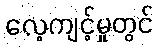
လေ့ကျင့်မှုတွင်